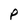
Character: P